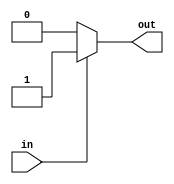
module cmos_buffer (
    input in,
    output reg out
);

always @(in)
begin
    if (in)
        power = 1;
    else
        power = 0;
end

assign out = power;

endmodule